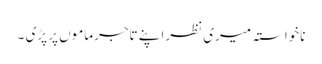
ناخواستہ میری نظراپنے تاجرماموں پر پڑی ۔